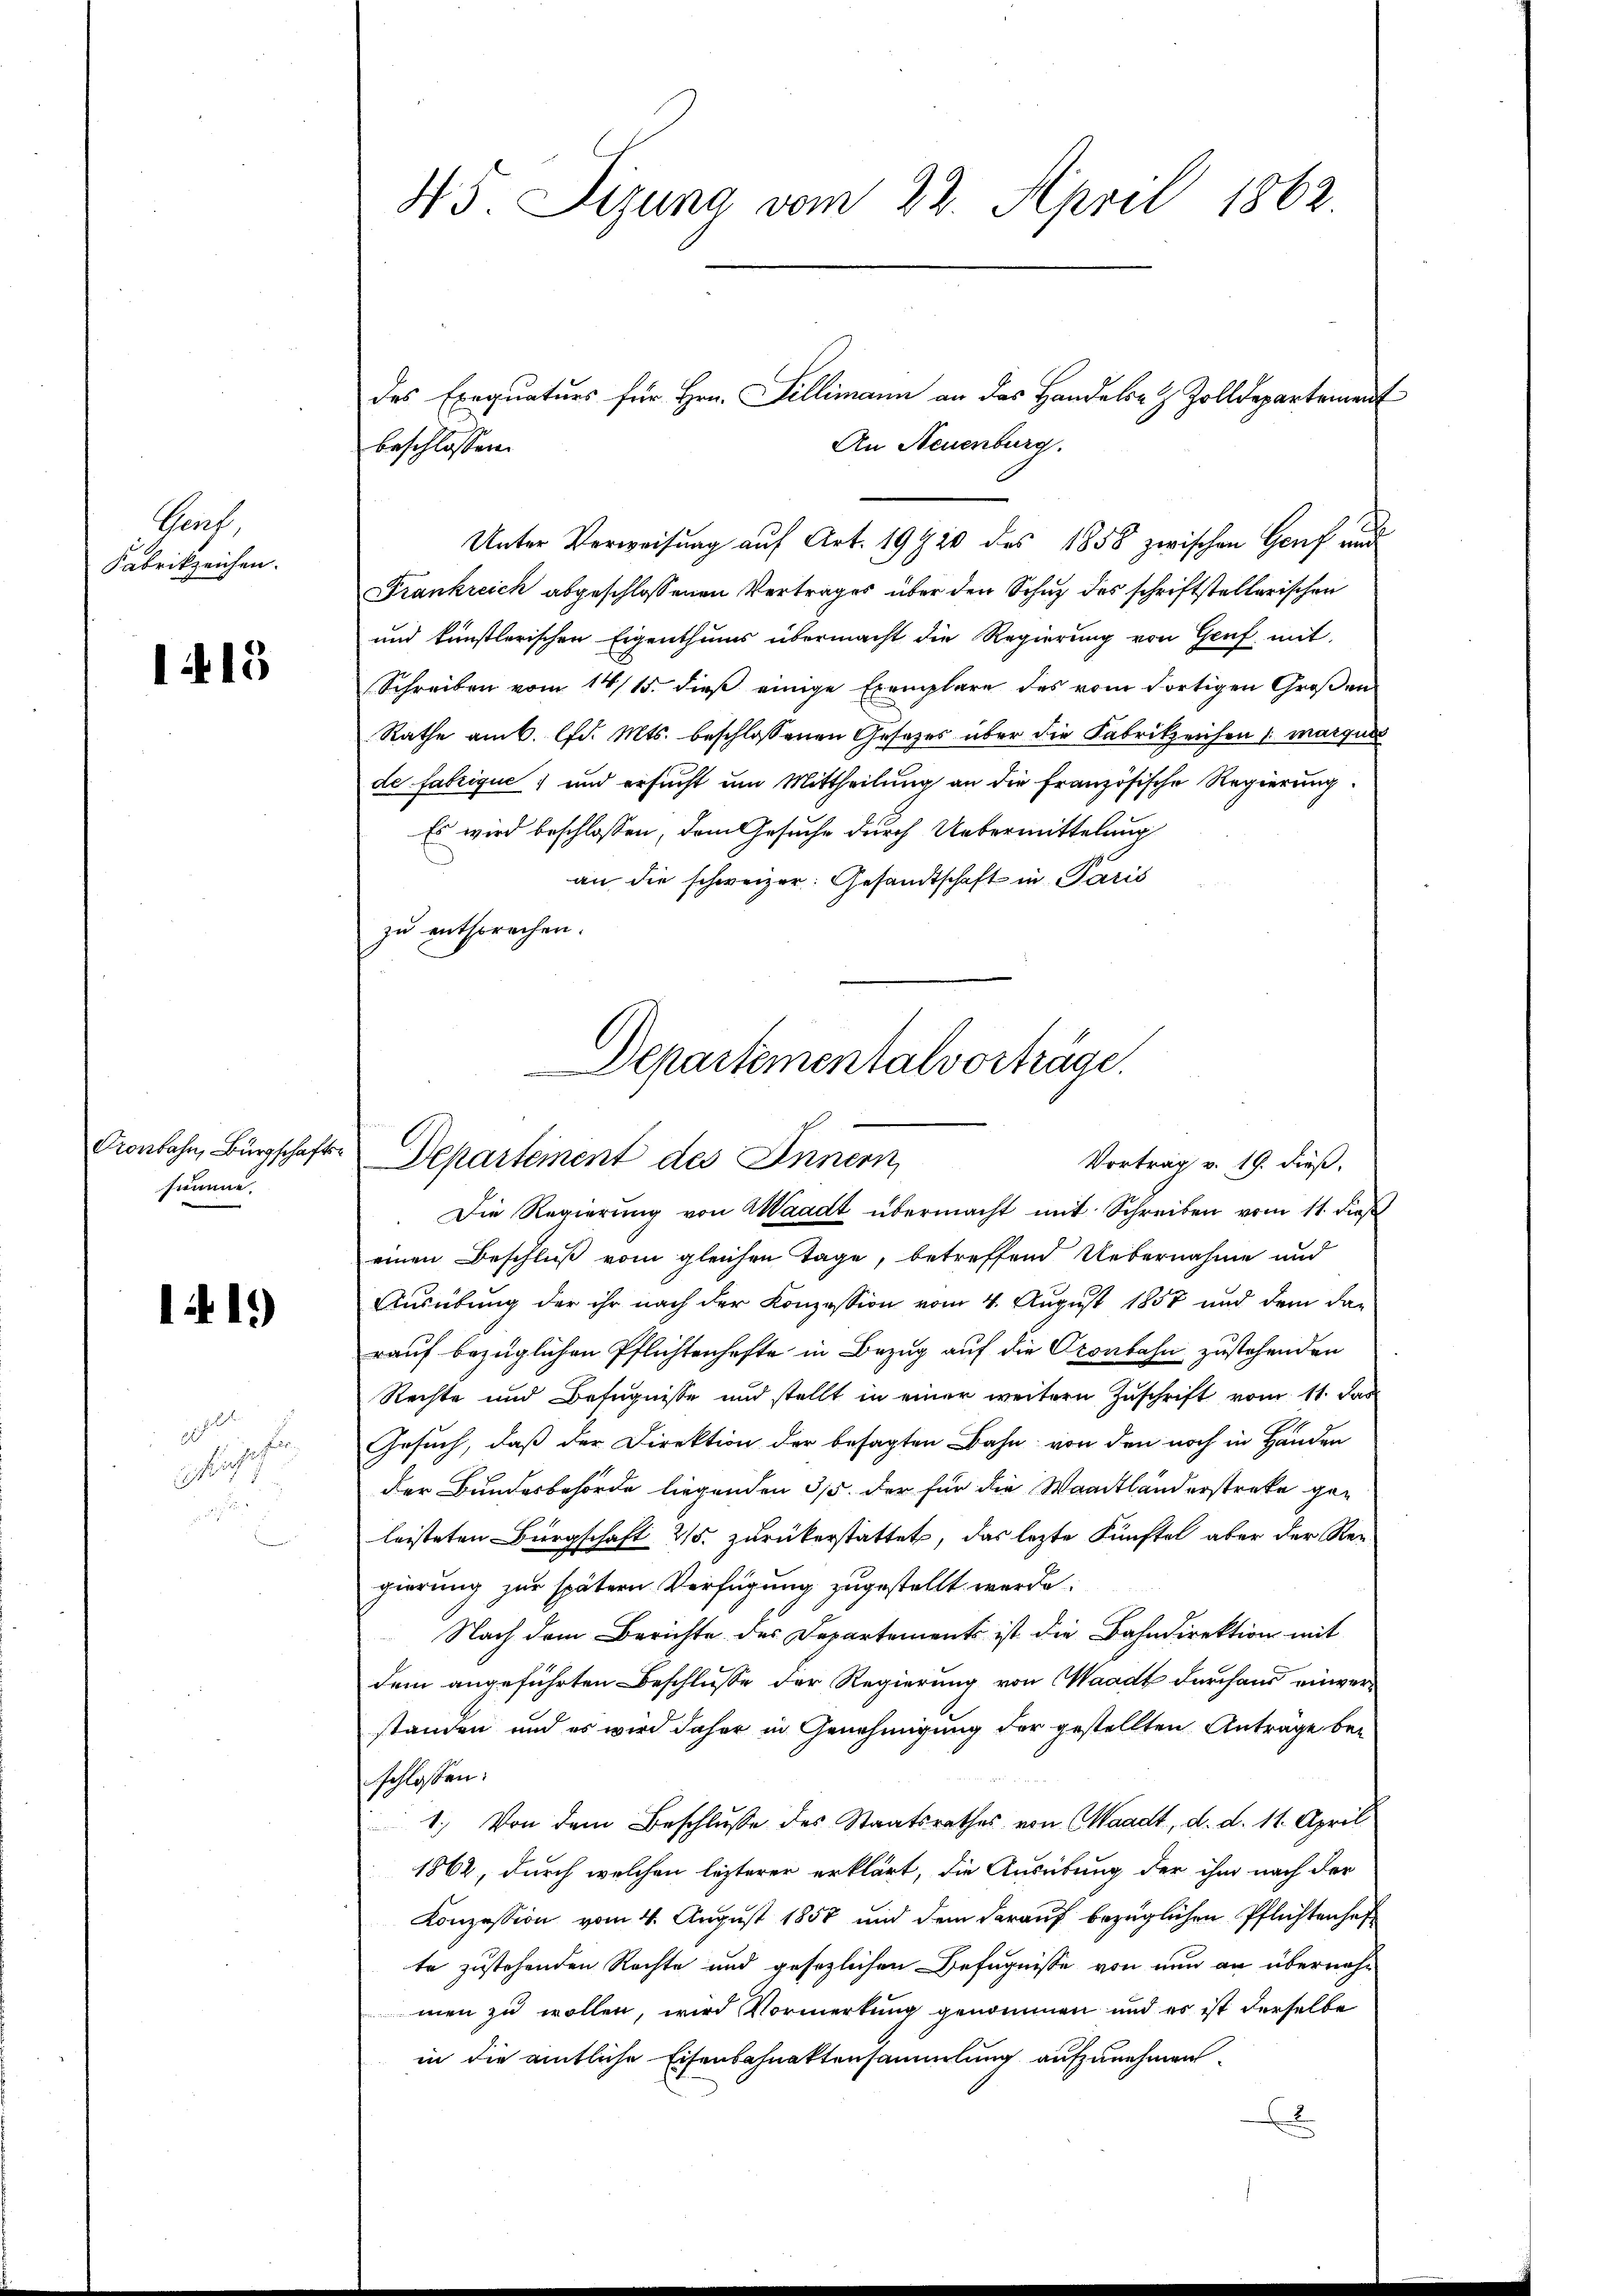
Prof
Fabrikzeichen.

1413

summe.

141)

usch
a

45. Sizung vom 22. April 1862.

Frankreich abgeschlossenen Vertrages über den Schuz des schriftstellerischen
und künstlerischen Eigenthums übermacht die Regierung von Genf mit
Schreiben vom 14/15. dieß einige Exemplare des vom Fortigen Großen
Rathe am 6. lfd. Mts. beschlossenen Gesetzes über die Fabrikzeichen 1. Marques
de fabrique, und ersucht um Mittheilung an die französische Regierung.
Es wird beschlossen, dem Gesuche durch Uebermittelung
an die schweizer. Gesandtschaft in Paris
zu entsprechen.

beschlossen:
Unter Verweisung auf Art. 19920 des 1858 zwischen Genf und

Departementalvorträge.
Conlohn, Bürgschaft. Departement des Innern
Vortrag v. 19. dieß,

des Exequaturs für Hrn. Fillimann an das Handels- & Zolldepartement
An Neuenburg.

Die Regierung von Waadt übermacht mit Schreiben vom 11. dieß
einen Beschluß vom gleichen Tage, betreffend Uebernahme und
Ausübung der ihr nach der Konzession vom 4. August 1857 und dem da-
rauf bezüglichen Pflichtenhefte in Bezug auf die Oconbahn zustehenden
Rechte und Befugnisse und stellt in einer weitern Zuschrift vom 11. das
Gesuch, daß der Direktion der besagten Bahn von den noch in Handen
der Bundesbehörde liegenden 315. der für die Waadtländerstreke ge-
leisteten Bürgschaft 25. zurükerstattet, das lezte Künftel aber der Rengierung zur spätern Verfügung zugestellt werde.
Nach dem Berichte der Departement ist die Bahndirektion mit
dem angeführten Beschlusse der Regierung von Waadt durchaus einverstanden und es wird daher in Genehmigung der gestellten Anträge beschlossen:
1.) Von dem Beschlusse des Staatsrathes von Waadt, d. d. 11. April
1862, durch welchen lezterer erklärt, die Ausübung der ihm nach der
Konzession vom 4. August 1858 und dem darauf bezüglichen Pflichtenhafte zustehenden Rechte und gesezlichen Befugnisse von nun an übernahmen zu wollen, wird Vormerkung genommen und es ist derselbe
in die amtliche Eisenbahnaktensammlung aufzunehmen.
x